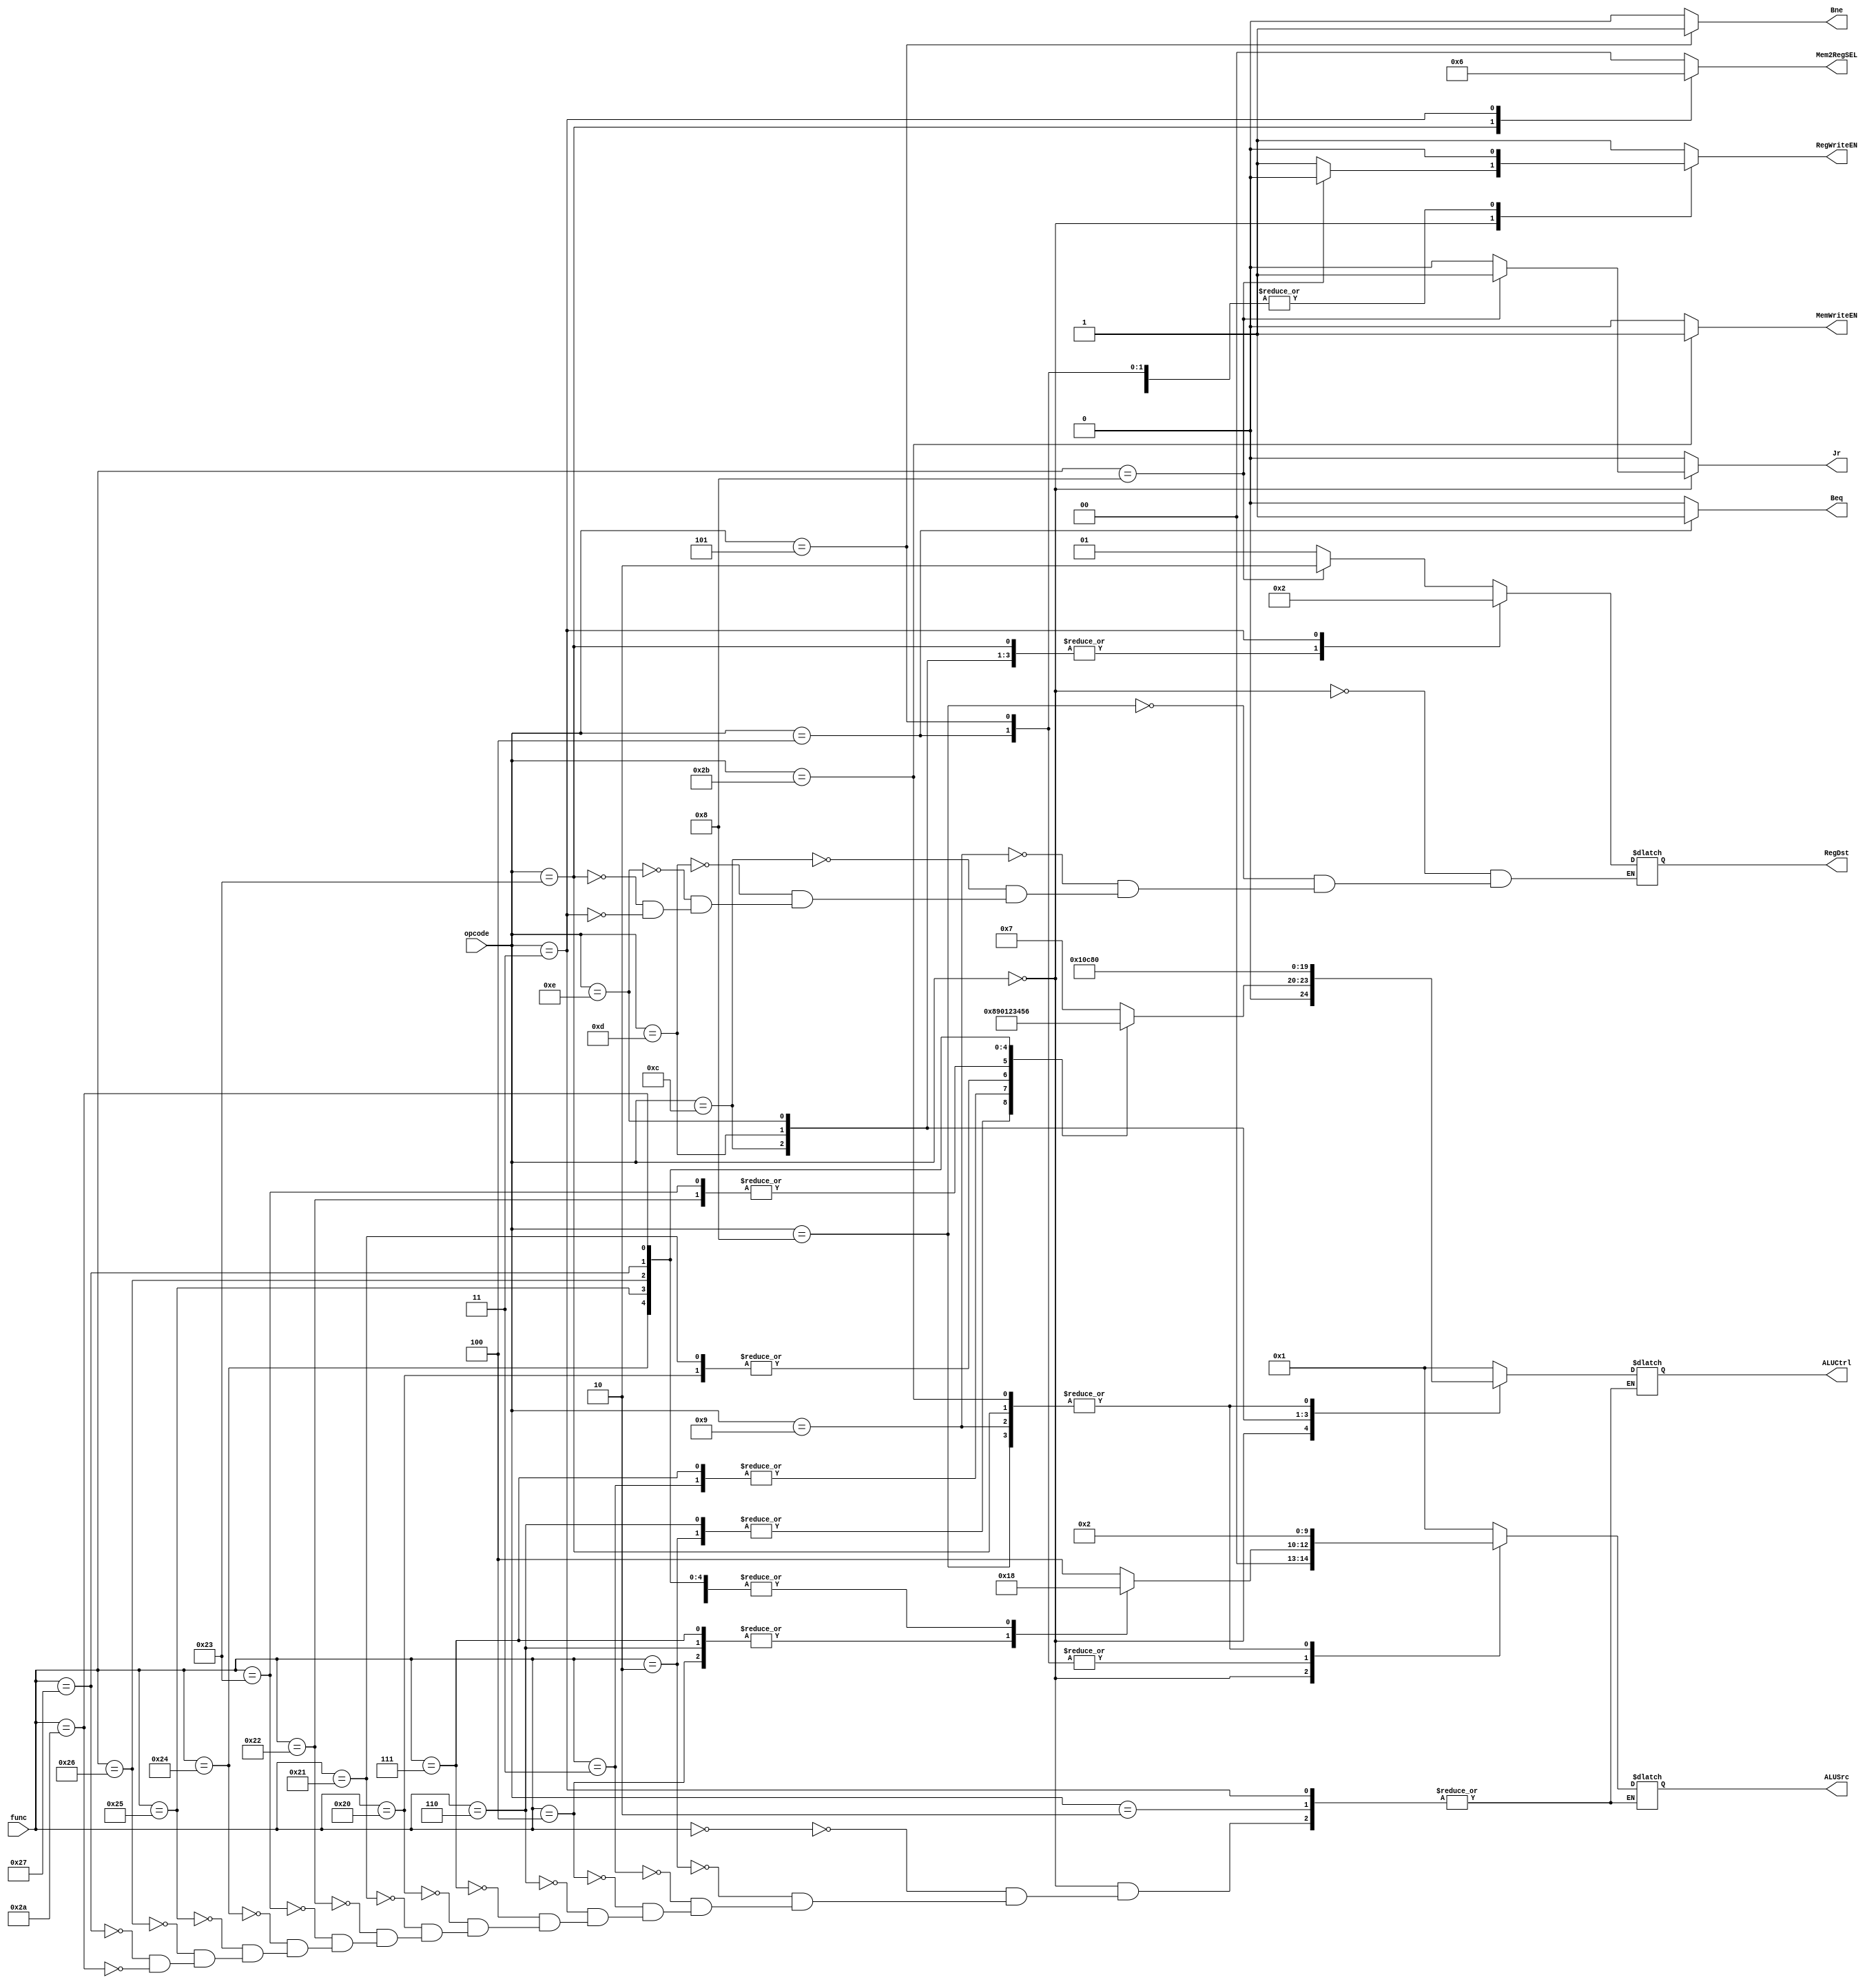
module Main_CTRL (opcode,
                  func,
                  RegWriteEN,
                  Mem2RegSEL,
                  MemWriteEN,
                  Beq,
                  Bne,
                  Jr,
                  ALUCtrl,
                  ALUSrc,
                  RegDst);
    input [5:0] opcode, func;
    output reg RegWriteEN, MemWriteEN, Beq, Bne, Jr;
    output reg [1:0] Mem2RegSEL, RegDst;
    output reg [4:0] ALUCtrl, ALUSrc;
    
    //R type instruction, parameter indicates func
    parameter SLL  = 6'd0;
    parameter SRL  = 6'd2;
    parameter SRA  = 6'd3;
    parameter SLLV = 6'd4;
    parameter SRLV = 6'd6;
    parameter SRAV = 6'd7;
    parameter JR   = 6'd8;
    parameter ADD  = 6'd32;
    parameter ADDU = 6'd33;
    parameter SUB  = 6'd34;
    parameter SUBU = 6'd35;
    parameter AND  = 6'd36;
    parameter OR   = 6'd37;
    parameter XOR  = 6'd38;
    parameter NOR  = 6'd39;
    parameter SLT  = 6'd42;
    //I-type instruction, parameter indicates opcode
    parameter BEQ   = 6'd4;
    parameter BNE   = 6'd5;
    parameter ADDI  = 6'd8;
    parameter ADDIU = 6'd9;
    parameter ANDI  = 6'd12;
    parameter ORI   = 6'd13;
    parameter XORI  = 6'd14;
    parameter LW    = 6'd35;
    parameter SW    = 6'd43;
    //J-type instruction, parameter indicates opcode
    parameter J   = 6'd2;
    parameter JAL = 6'd3;
    //Misc
    parameter STOP  = 6'd63;    //opcode  = 111111, stop
    parameter RTYPE = 6'd0;     //opcode = 000000, R-type
    
    always @(opcode, func) begin
        RegWriteEN <= 1;        //Most instructions write back to a register
        Mem2RegSEL <= 0;        //Only LW loads register with memory data
        MemWriteEN <= 0;        //Most instructions do not write to RAM
        Beq        <= 0;
        Bne        <= 0;
        Jr         <= 0;
        case(opcode)
            RTYPE:
            begin
                RegDst <= 1'b1;    //R-type always write back to Rd.
                case(func)
                    SLL:
                    begin
                        ALUCtrl    <= 7;
                        ALUSrc     <= 4;
                    end
                    SRL:
                    begin
                        ALUCtrl    <= 8;
                        ALUSrc     <= 4;
                    end
                    SRA:
                    begin
                        ALUCtrl    <= 9;
                        ALUSrc     <= 4;
                    end
                    SLLV:
                    begin
                        ALUCtrl    <= 7;
                        ALUSrc     <= 3;
                    end
                    SRLV:
                    begin
                        ALUCtrl    <= 8;
                        ALUSrc     <= 3;
                    end
                    SRAV:
                    begin
                        ALUCtrl    <= 9;
                        ALUSrc     <= 3;
                    end
                    JR:
                    begin
                        RegWriteEN   <= 0;
                        Jr           <= 1;
                        RegDst       <= 2;
                    end
                    ADD:
                    begin
                        ALUCtrl    <= 0;
                        ALUSrc     <= 0;
                    end
                    ADDU:
                    begin
                        ALUCtrl    <= 0;
                        ALUSrc     <= 0;
                    end
                    SUB:
                    begin
                        ALUCtrl    <= 1;
                        ALUSrc     <= 0;
                    end
                    SUBU:
                    begin
                        ALUCtrl    <= 1;
                        ALUSrc     <= 0;
                    end
                    AND:
                    begin
                        ALUCtrl    <= 2;
                        ALUSrc     <= 0;
                    end
                    OR:
                    begin
                        ALUCtrl    <= 3;
                        ALUSrc     <= 0;
                    end
                    XOR:
                    begin
                        ALUCtrl    <= 4;
                        ALUSrc     <= 0;
                    end
                    NOR:
                    begin
                        ALUCtrl    <= 5;
                        ALUSrc     <= 0;
                    end
                    SLT:
                    begin
                        ALUCtrl    <= 6;
                        ALUSrc     <= 0;
                    end
                endcase
            end
            BEQ:
            begin
                RegWriteEN <= 0;
                Beq        <= 1;
                ALUCtrl    <= 1;
                ALUSrc     <= 0;
            end
            BNE:
            begin
                RegWriteEN <= 0;
                Bne        <= 1;
                ALUCtrl    <= 1;
                ALUSrc     <= 0;
            end
            ADDI:
            begin
                ALUCtrl    <= 0;
                ALUSrc     <= 2; 
                RegDst     <= 0;
            end
            ADDIU:
            begin
                ALUCtrl    <= 0;
                ALUSrc     <= 2;
                RegDst     <= 0;
            end
            ANDI:
            begin
                ALUCtrl    <= 2;
                ALUSrc     <= 1;
                RegDst     <= 0;
            end
            ORI:
            begin
                ALUCtrl    <= 3;
                ALUSrc     <= 1;
                RegDst     <= 0;
            end
            XORI:
            begin
                ALUCtrl    <= 4;
                ALUSrc     <= 1;
                RegDst     <= 0;
            end
            LW:
            begin
                RegDst     <= 0;
                Mem2RegSEL <= 1;
                ALUCtrl    <= 0;
                ALUSrc     <= 2;
            end
            SW:
            begin
                RegWriteEN <= 0;
                MemWriteEN <= 1;
                ALUCtrl    <= 0;
                ALUSrc     <= 2;
            end
            J:                     
            begin
                RegWriteEN <= 0;
            end
            JAL:                    
            begin
                RegWriteEN <= 1;
                RegDst     <= 2;
                Mem2RegSEL <= 2;
            end
            default:                   //do we even need this?
            begin
                ALUCtrl    <= 1;
                ALUSrc     <= 1;
            end
        endcase
        // #2;
    end
    
    
    
    
endmodule //Main_CTRL